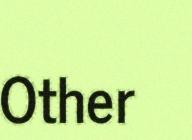
Other